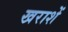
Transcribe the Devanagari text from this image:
खराशें